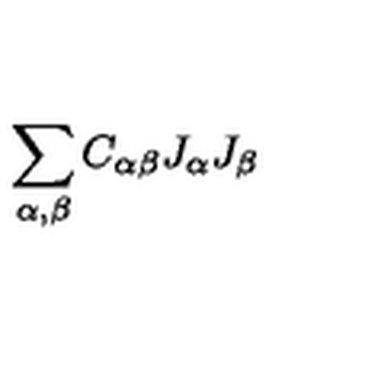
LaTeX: \sum _ { \alpha , \beta } C _ { \alpha \beta } J _ { \alpha } J _ { \beta }